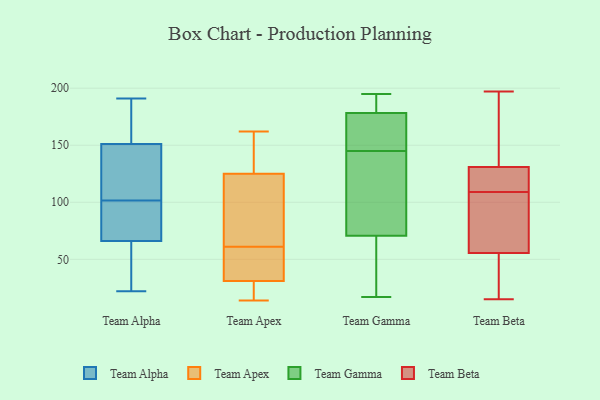
{"axis": {"x": "Population (Million)", "y": "Value"}, "legend": ["Team Alpha", "Team Apex", "Team Beta", "Team Gamma"], "data": [{"x": "", "y": 24, "type": "Team Alpha"}, {"x": "", "y": 113, "type": "Team Alpha"}, {"x": "", "y": 179, "type": "Team Alpha"}, {"x": "", "y": 76, "type": "Team Alpha"}, {"x": "", "y": 69, "type": "Team Alpha"}, {"x": "", "y": 191, "type": "Team Alpha"}, {"x": "", "y": 101, "type": "Team Alpha"}, {"x": "", "y": 118, "type": "Team Alpha"}, {"x": "", "y": 151, "type": "Team Alpha"}, {"x": "", "y": 66, "type": "Team Alpha"}, {"x": "", "y": 58, "type": "Team Alpha"}, {"x": "", "y": 71, "type": "Team Alpha"}, {"x": "", "y": 61, "type": "Team Alpha"}, {"x": "", "y": 103, "type": "Team Alpha"}, {"x": "", "y": 22, "type": "Team Alpha"}, {"x": "", "y": 185, "type": "Team Alpha"}, {"x": "", "y": 158, "type": "Team Alpha"}, {"x": "", "y": 102, "type": "Team Alpha"}, {"x": "", "y": 34, "type": "Team Apex"}, {"x": "", "y": 14, "type": "Team Apex"}, {"x": "", "y": 15, "type": "Team Apex"}, {"x": "", "y": 116, "type": "Team Apex"}, {"x": "", "y": 71, "type": "Team Apex"}, {"x": "", "y": 51, "type": "Team Apex"}, {"x": "", "y": 28, "type": "Team Apex"}, {"x": "", "y": 83, "type": "Team Apex"}, {"x": "", "y": 42, "type": "Team Apex"}, {"x": "", "y": 134, "type": "Team Apex"}, {"x": "", "y": 147, "type": "Team Apex"}, {"x": "", "y": 162, "type": "Team Apex"}, {"x": "", "y": 60, "type": "Team Gamma"}, {"x": "", "y": 145, "type": "Team Gamma"}, {"x": "", "y": 170, "type": "Team Gamma"}, {"x": "", "y": 85, "type": "Team Gamma"}, {"x": "", "y": 164, "type": "Team Gamma"}, {"x": "", "y": 189, "type": "Team Gamma"}, {"x": "", "y": 185, "type": "Team Gamma"}, {"x": "", "y": 57, "type": "Team Gamma"}, {"x": "", "y": 136, "type": "Team Gamma"}, {"x": "", "y": 153, "type": "Team Gamma"}, {"x": "", "y": 195, "type": "Team Gamma"}, {"x": "", "y": 150, "type": "Team Gamma"}, {"x": "", "y": 183, "type": "Team Gamma"}, {"x": "", "y": 62, "type": "Team Gamma"}, {"x": "", "y": 181, "type": "Team Gamma"}, {"x": "", "y": 17, "type": "Team Gamma"}, {"x": "", "y": 145, "type": "Team Gamma"}, {"x": "", "y": 82, "type": "Team Gamma"}, {"x": "", "y": 67, "type": "Team Gamma"}, {"x": "", "y": 133, "type": "Team Beta"}, {"x": "", "y": 129, "type": "Team Beta"}, {"x": "", "y": 105, "type": "Team Beta"}, {"x": "", "y": 76, "type": "Team Beta"}, {"x": "", "y": 120, "type": "Team Beta"}, {"x": "", "y": 138, "type": "Team Beta"}, {"x": "", "y": 60, "type": "Team Beta"}, {"x": "", "y": 197, "type": "Team Beta"}, {"x": "", "y": 38, "type": "Team Beta"}, {"x": "", "y": 91, "type": "Team Beta"}, {"x": "", "y": 26, "type": "Team Beta"}, {"x": "", "y": 128, "type": "Team Beta"}, {"x": "", "y": 24, "type": "Team Beta"}, {"x": "", "y": 113, "type": "Team Beta"}, {"x": "", "y": 53, "type": "Team Beta"}, {"x": "", "y": 140, "type": "Team Beta"}, {"x": "", "y": 192, "type": "Team Beta"}, {"x": "", "y": 58, "type": "Team Beta"}, {"x": "", "y": 15, "type": "Team Beta"}, {"x": "", "y": 126, "type": "Team Beta"}]}